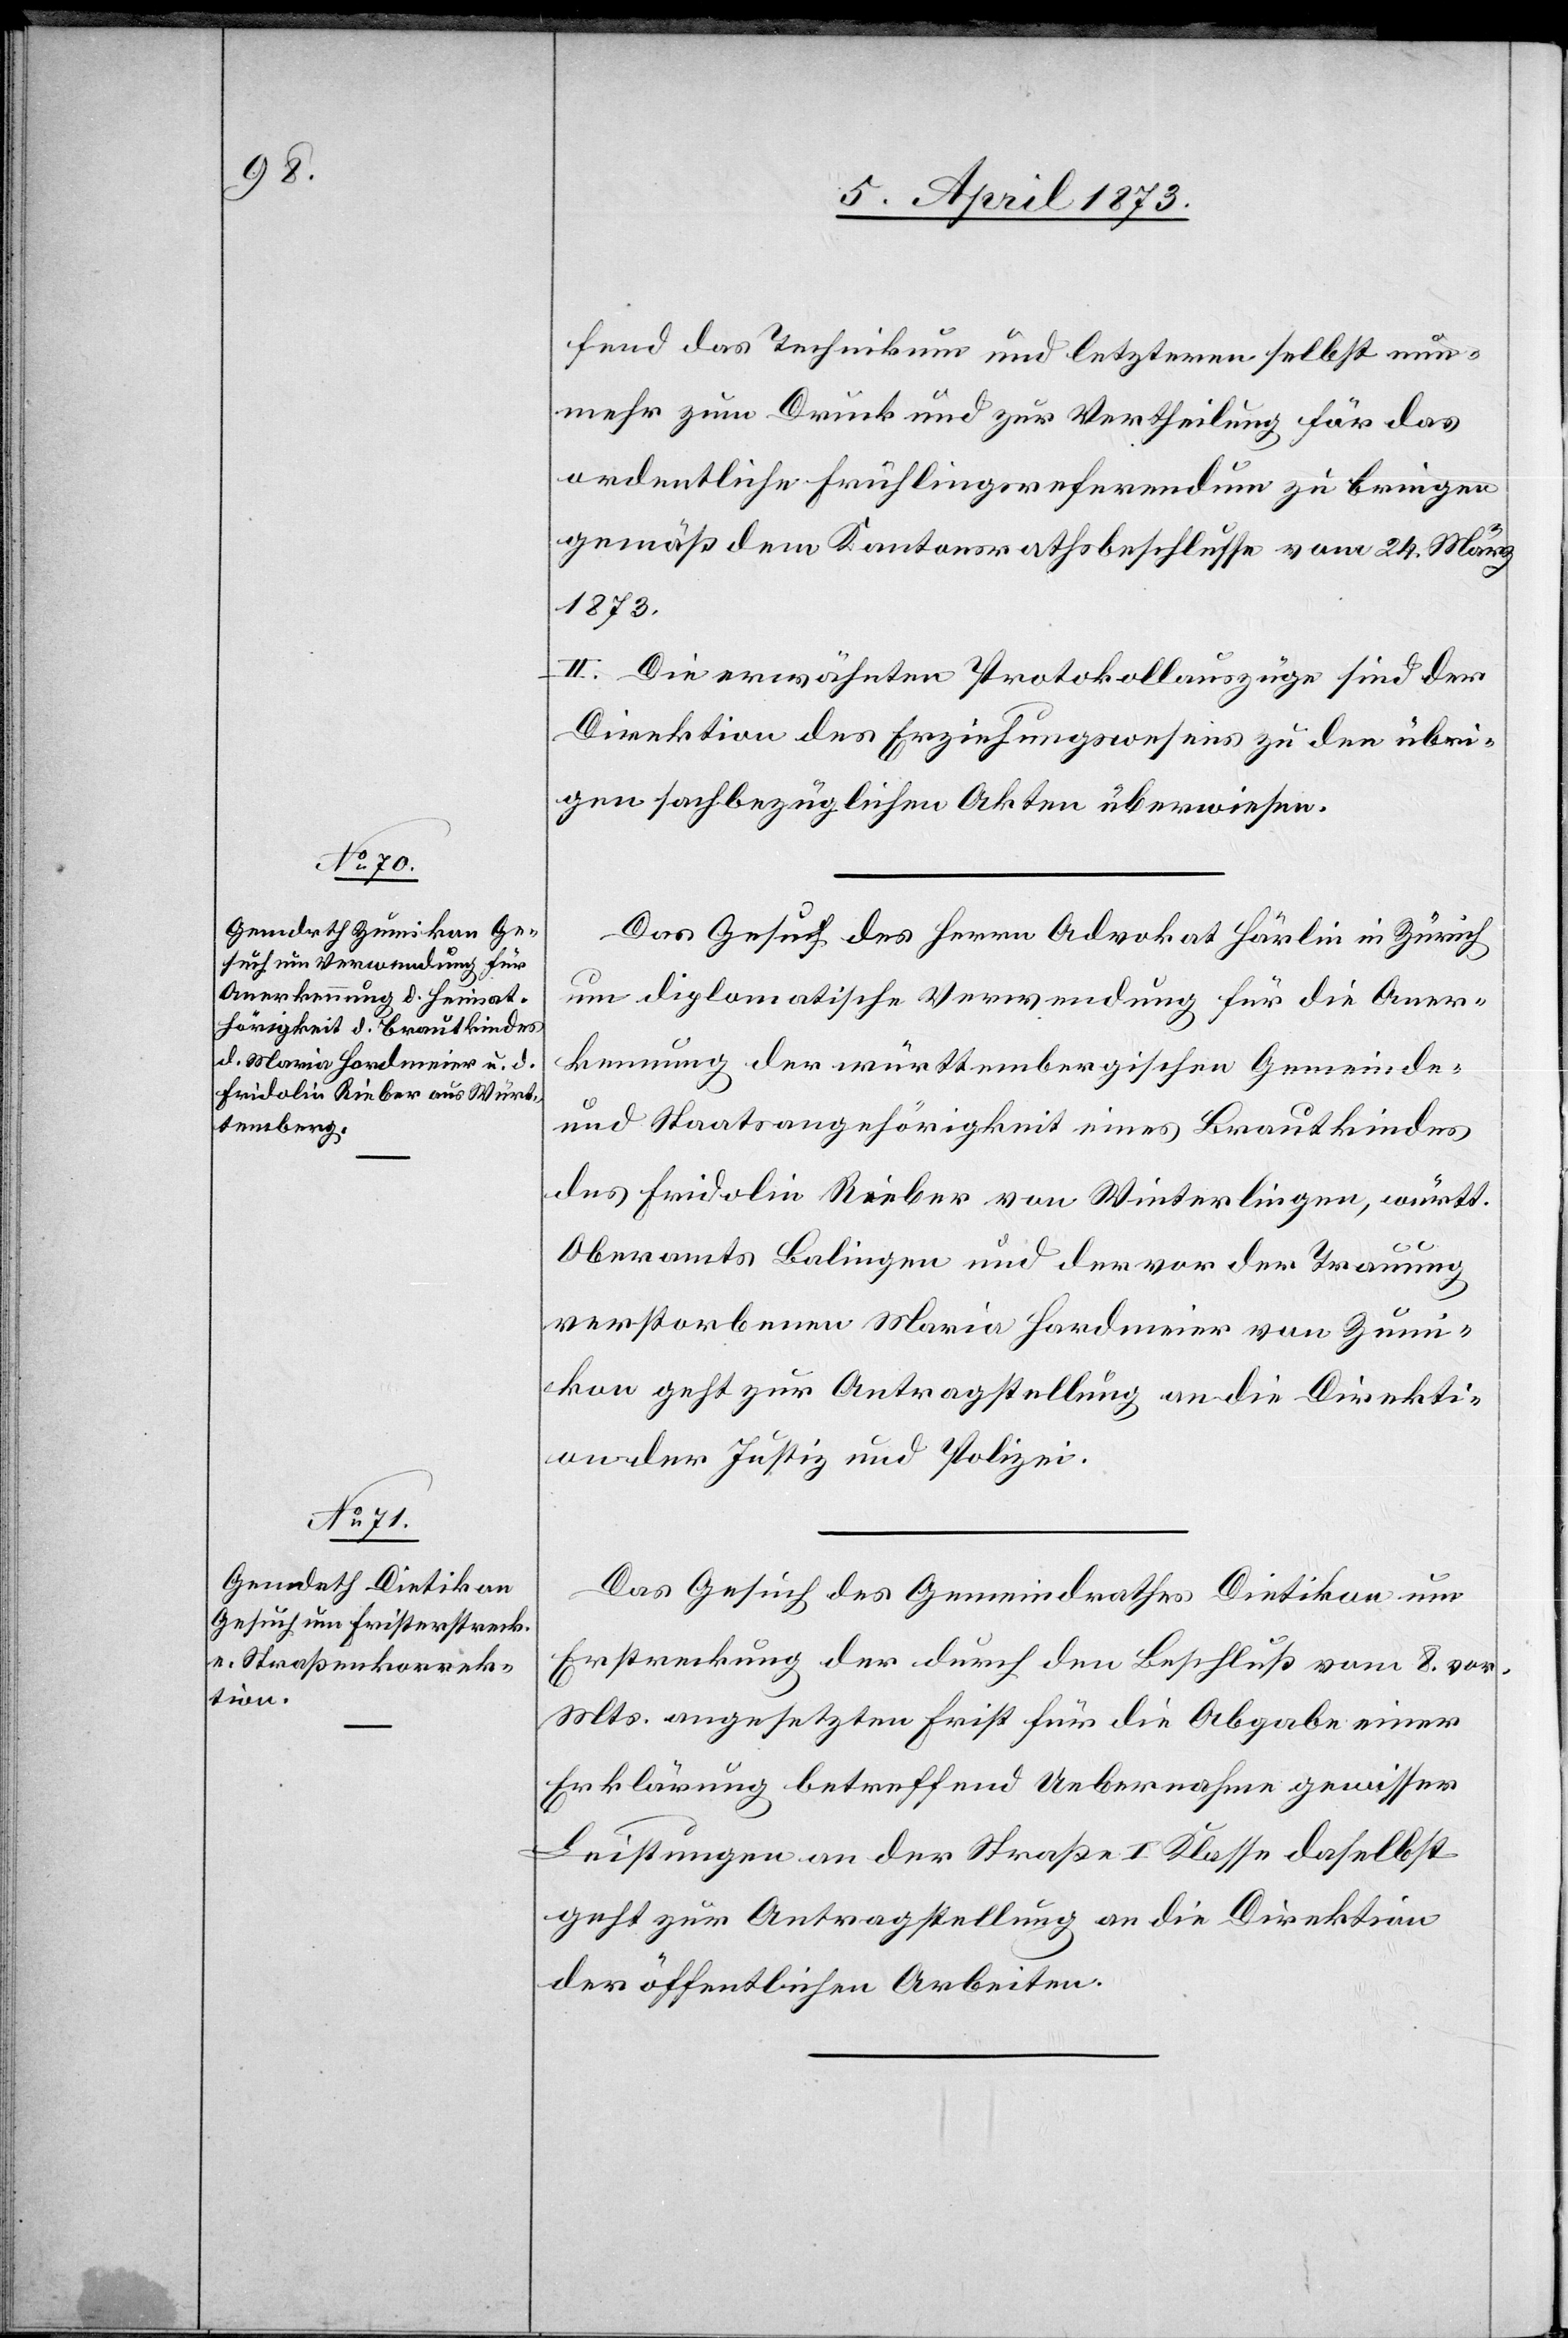
7. April 1873.]
fend das Technikum und letzteren selbst nun¬
mehr zum Druck und zur Vertheilung für das
ordentliche Frühlingsreferendum zu bringen
gemäß dem Kantonsrathsbeschlusse vom 24. März
1873.
II. Die erwähnten Protokollauszüge sind der
Direktion des Erziehungswesens zu den übri¬
gen sachbezüglichen Akten überwiesen.
Das Gesuch des Herrn Advokat Härlin in Zürich
um diplomatische Verwendung für die Aner¬
kennung der württembergischen Gemeinde-
und Staatsangehörigkeit eines Brautkindes
des Fridolin Rieber von Winterlingen, württ.
Oberamts Balingen und der vor der Trauung
verstorbenen Maria Hardmeier von Zum¬
ikon geht zur Antragstellung an die Direkti¬
on der Justiz und Polizei.
Das Gesuch des Gemeindrathes Dietikon um
Erstreckung der durch den Beschluß vom 8. vor.
Mts. angesetzten Frist für die Abgabe einer
Erklärung betreffend Uebernahme gewisser
Leistungen an der Straße I Klasse daselbst
geht zur Antragstellung an die Direktion
der öffentlichen Arbeiten.